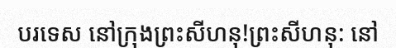
បរទេស នៅក្រុងព្រះសីហនុ!ព្រះសីហនុ: នៅ